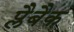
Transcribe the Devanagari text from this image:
प्लैबैक